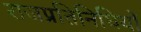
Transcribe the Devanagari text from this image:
राजप्रतिनिधियों